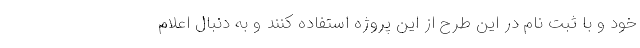
خود و با ثبت نام در این طرح از این پروژه استفاده کنند و به دنبال اعلام